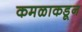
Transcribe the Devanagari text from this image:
कमळाकडून